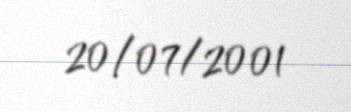
20/07/2001